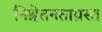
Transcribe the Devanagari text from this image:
निश्चेतनताग्रस्त